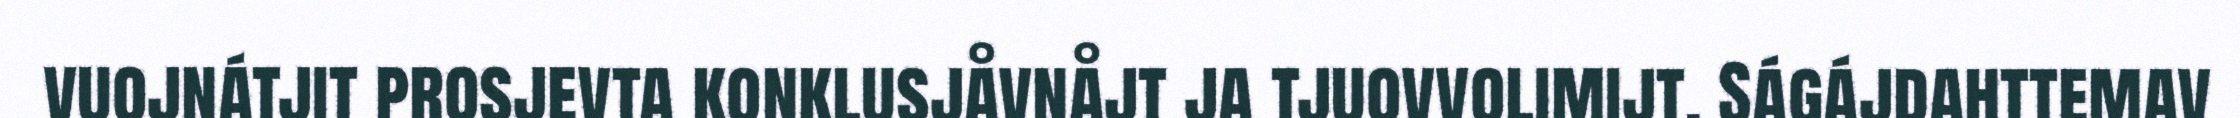
vuojnátjit prosjevta konklusjåvnåjt ja tjuovvolimijt. Ságájdahttemav